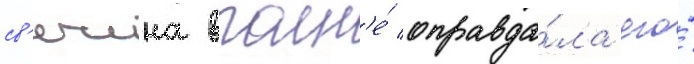
св'ечина вполн'е́ оправда́ла его́